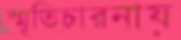
স্মৃতিচারনায়